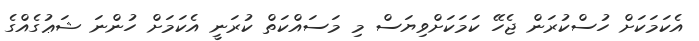
އެކަމަކަށް ހުސްކުރަން ޖެހޭ ކަމަކަށްވިޔަސް މި މަސައްކަތް ކުރަނީ އެކަމަށް ހުންނަ ޝަޢުގެއްގެ